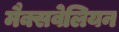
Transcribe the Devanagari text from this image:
मैक्सवेलियन